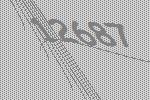
12687